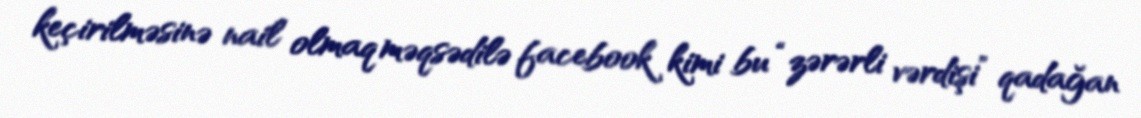
keçirilməsinə nail olmaq məqsədilə facebook kimi bu “zərərli vərdişi” qadağan